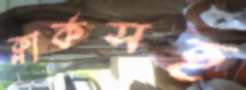
ক্লার্কসহ